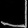
Digit: ၂